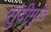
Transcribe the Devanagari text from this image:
सुंदीमुळे